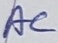
Text: AC